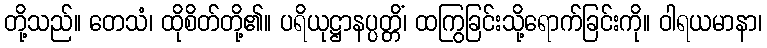
တို့သည်။ တေသံ၊ ထိုစိတ်တို့၏။ ပရိယုဋ္ဌာနပ္ပတ္တိံ၊ ထကြွခြင်းသို့ရောက်ခြင်းကို။ ဝါရယမာနာ၊